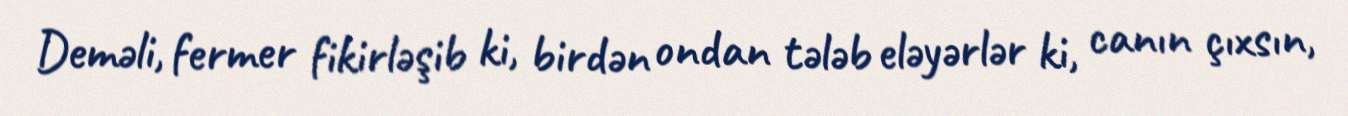
Deməli, fermer fikirləşib ki, birdən ondan tələb eləyərlər ki, canın çıxsın,